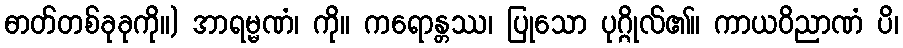
ဓာတ်တစ်ခုခုကို။) အာရမ္မဏံ၊ ကို။ ကရောန္တဿ၊ ပြုသော ပုဂ္ဂိုလ်၏။ ကာယဝိညာဏံ ပိ၊